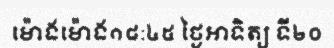
ម៉ោងម៉ោង១៨:៤៥ ថ្ងៃអាទិត្យ ទី២០